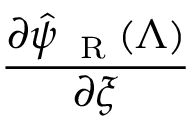
\frac { \partial \hat { \psi } _ { \mathrm { ~ \tiny ~ R ~ } } ( \Lambda ) } { \partial { \xi } }